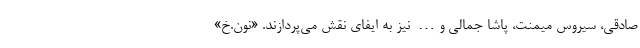
صادقی، سیروس میمنت، پاشا جمالی و… نیز به ایفای نقش می‌پردازند. «نون.خ»